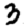
Digit: 3